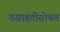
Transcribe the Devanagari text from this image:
वसाहतींसोबत